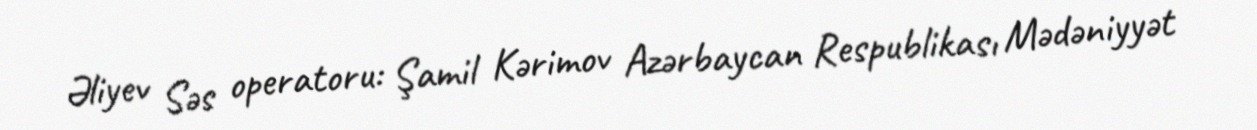
Əliyev Səs operatoru: Şamil Kərimov Azərbaycan Respublikası Mədəniyyət